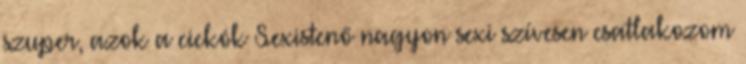
szuper, azok a cickók Sexistenő nagyon sexi szívesen csatlakozom